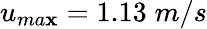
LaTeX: u_{ma\mathbf{x}}=1.13\; m/s